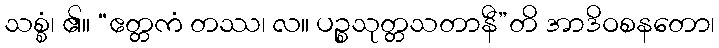
သစ္စံ၊ ၏။ “ဧတ္တကံ တဿ၊ လ။ ပဉ္စသုတ္တသတာနီ”တိ အာဒိဝစနတော၊